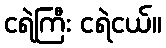
ငရဲကြီး ငရဲငယ်။